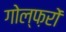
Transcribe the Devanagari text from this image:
गोल्फ़रों